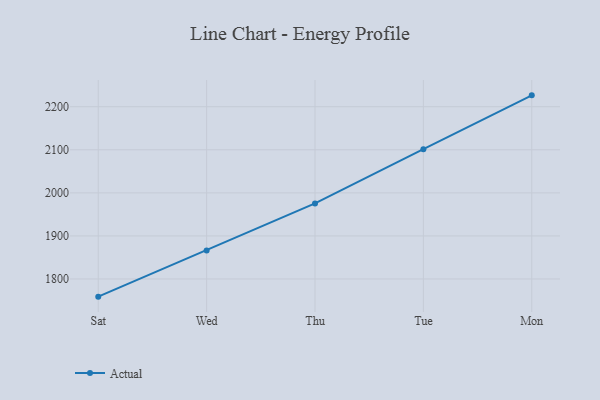
{"axis": {"x": "Day", "y": "Waste Production (Tons)"}, "legend": ["Actual"], "data": [{"x": "Sat", "y": 1759.0, "type": "Actual"}, {"x": "Wed", "y": 1866.3, "type": "Actual"}, {"x": "Thu", "y": 1975.4, "type": "Actual"}, {"x": "Tue", "y": 2101.5, "type": "Actual"}, {"x": "Mon", "y": 2226.4, "type": "Actual"}]}